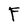
Character: F